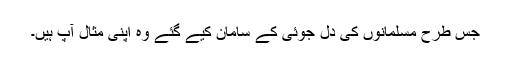
جس طرح مسلمانوں کی دل جوئی کے سامان کیے گئے وہ اپنی مثال آپ ہیں۔